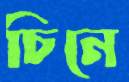
চিনে